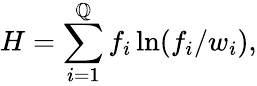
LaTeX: H=\sum_{i=1}^{\mathbb{Q}}f_{i}\ln(f_{i}/w_{i}),